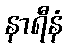
နာရီနံ